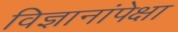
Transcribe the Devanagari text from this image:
विज्ञानांपेक्षा